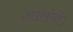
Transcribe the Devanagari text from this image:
आसंगों